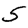
Digit: 5